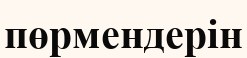
пөрмендерін